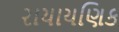
રાયાયણિક